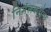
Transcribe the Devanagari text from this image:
निर्मलकरांना